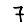
Digit: 7